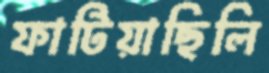
ফাটিয়াছিলি